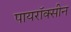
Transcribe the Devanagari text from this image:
पायरॉक्सीन